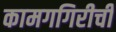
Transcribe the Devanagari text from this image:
कामगगिरीची